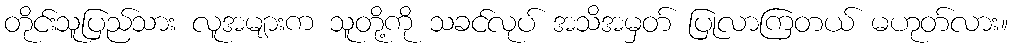
တိုင်းသူပြည်သား လူအများက သူတို့ကို သခင်လုပ် အသိအမှတ် ပြုလာကြတယ် မဟုတ်လား။